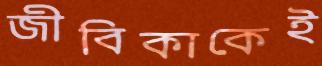
জীবিকাকেই